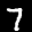
Label: 7